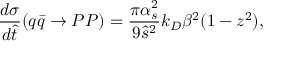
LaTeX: { \frac { d \sigma } { d \hat { t } } } ( q \bar { q } \to P P ) = { \frac { \pi \alpha _ { s } ^ { 2 } } { 9 \hat { s } ^ { 2 } } } k _ { D } \beta ^ { 2 } ( 1 - z ^ { 2 } ) ,